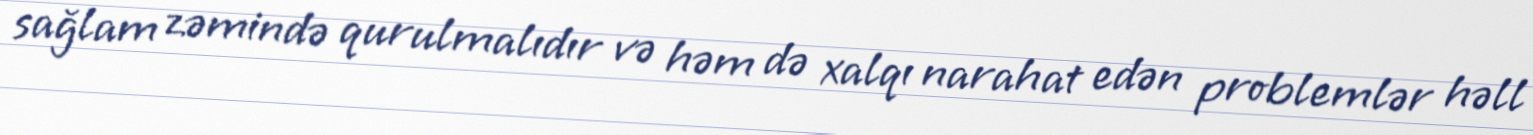
sağlam zəmində qurulmalıdır və həm də xalqı narahat edən problemlər həll